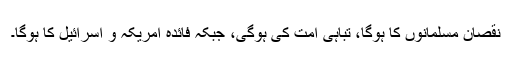
نقصان مسلمانوں کا ہوگا، تباہی امت کی ہوگی، جبکہ فائدہ امریکہ و اسرائیل کا ہوگا۔